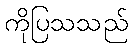
ကိုပြသသည်